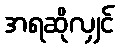
အရဆိုလျှင်